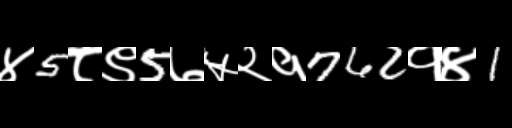
Text: ४5८९5७५२१762१४1